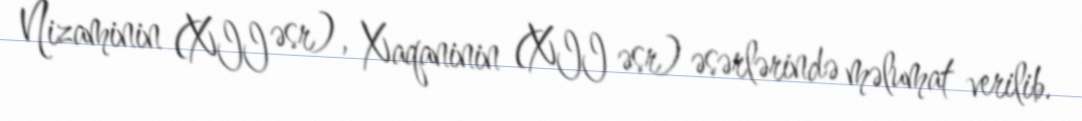
Nizaminin (XII əsr), Xaqaninin (XII əsr) əsərlərində məlumat verilib.